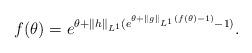
LaTeX: \begin{align*}f(\theta)=e^{\theta+\Vert h\Vert_{L^{1}}(e^{\theta+\Vert g\Vert_{L^{1}}(f(\theta)-1)}-1)}.\end{align*}